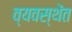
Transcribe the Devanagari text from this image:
व्यवस्थेंत